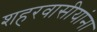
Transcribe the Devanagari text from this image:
शहरवासीयांना